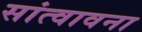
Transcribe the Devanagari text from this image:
सांत्वावना